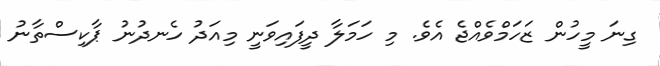
ގިނަ މީހުން ޒަހަމްވެއްޖެ އެވެ. މި ހަމަލާ ދީފައިވަނީ މިއަދު ހެނދުނު ޕާކިސްތާނު